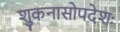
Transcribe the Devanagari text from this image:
शुकनासोपदेशः